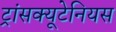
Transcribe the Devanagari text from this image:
ट्रांसक्यूटेनियस